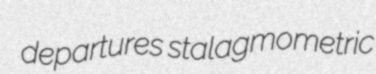
departures stalagmometric